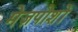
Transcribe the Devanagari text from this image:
मेज़पोशों